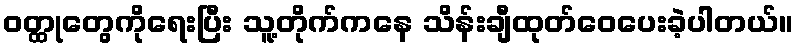
ဝတ္ထုတွေကိုရေးပြီး သူ့တိုက်ကနေ သိန်းချီထုတ်ဝေပေးခဲ့ပါတယ်။